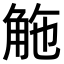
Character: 𧣟